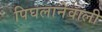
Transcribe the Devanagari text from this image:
पिघलानेवाली